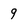
Character: 9